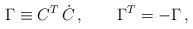
LaTeX: \begin{align*}\Gamma \equiv C^T \, \dot{C}\,,\qquad \Gamma^T = - \Gamma \,,\end{align*}